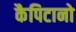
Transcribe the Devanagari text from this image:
कैपिटानो